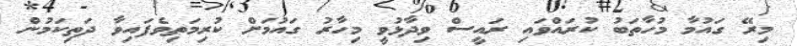
މިރޭ ގައުމާ މުހާތަބު ކުރައްވައި ރައީސް ވިދާޅުވީ މިހާރު ގައުމަށް ކުރިމަތިވެފައިވާ ދަތިކަމުން